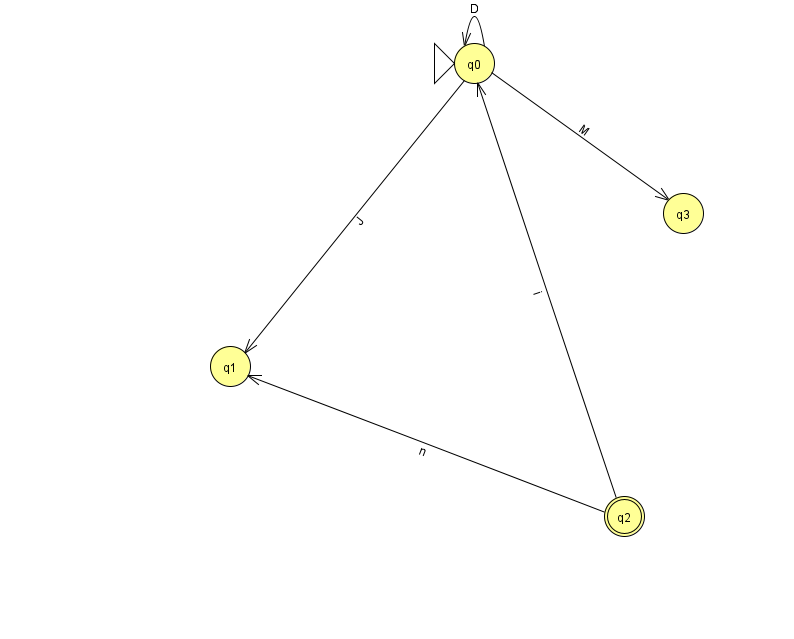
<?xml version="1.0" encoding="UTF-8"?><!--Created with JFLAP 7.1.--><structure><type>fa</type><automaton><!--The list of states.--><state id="0" name="q0"><x>474.0</x><y>50.0</y><initial/></state><state id="1" name="q1"><x>230.0</x><y>353.0</y></state><state id="2" name="q2"><x>624.0</x><y>503.0</y><final/></state><state id="3" name="q3"><x>683.0</x><y>200.0</y></state><!--The list of transitions.--><transition><from>2</from><to>0</to><read>i</read></transition><transition><from>2</from><to>1</to><read>n</read></transition><transition><from>0</from><to>0</to><read>D</read></transition><transition><from>0</from><to>3</to><read>M</read></transition><transition><from>0</from><to>1</to><read>J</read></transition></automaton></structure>